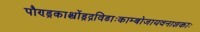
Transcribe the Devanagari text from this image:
पौण्ड्रकाश्चोंड्रद्रविडाःकाम्बोजायवनाशकाः